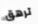
ترهق